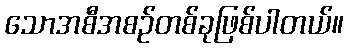
သောအစီအစဉ်တစ်ခုဖြစ်ပါတယ်။